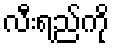
လီးရည်ကို